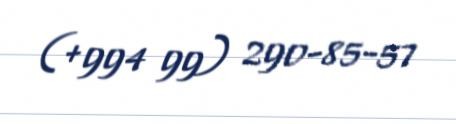
(+994 99) 290-85-57